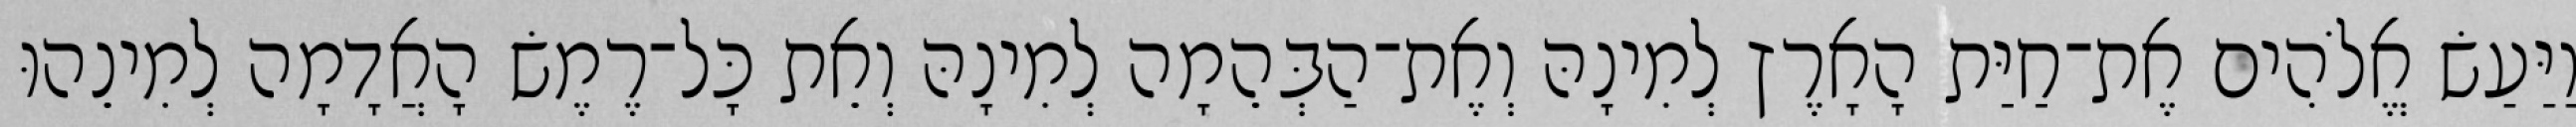
וַיַּעַשׂ אֱלֹהִים אֶת־חַיַּת הָאָרֶץ לְמִינָהּ וְאֶת־הַבְּהֵמָה לְמִינָהּ וְאֵת כָּל־רֶמֶשׂ הָאֲדָמָה לְמִינֵהוּ